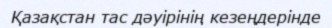
Қазақстан тас дәуірінің кезеңдерінде